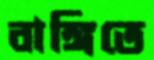
বাঙ্গিতে